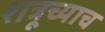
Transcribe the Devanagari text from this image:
शत्रूच्याच